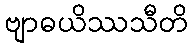
ဗျာဓယိဿသီတိ